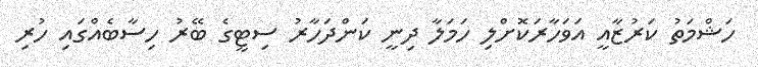
ހަޝްމަތު ކަރުޒާއީ އަވަހާރަކޮށްލި ހަމަލާ ދިނީ ކަންދަހާރު ސިޓީގެ ބޭރު ހިސާބެއްގައި ހުރި